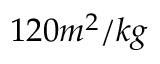
1 2 0 m ^ { 2 } / k g